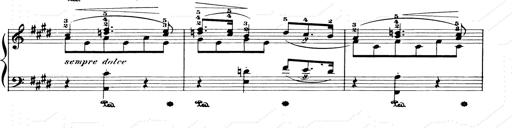
Title: Consolations and LiebestrÃ¤ume for the Piano
Composer: Franz Liszt